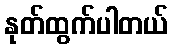
နုတ်ထွက်ပါတယ်